Lunatic asylums Punjab 1868-1880 - 1868-1880
Year: 1868
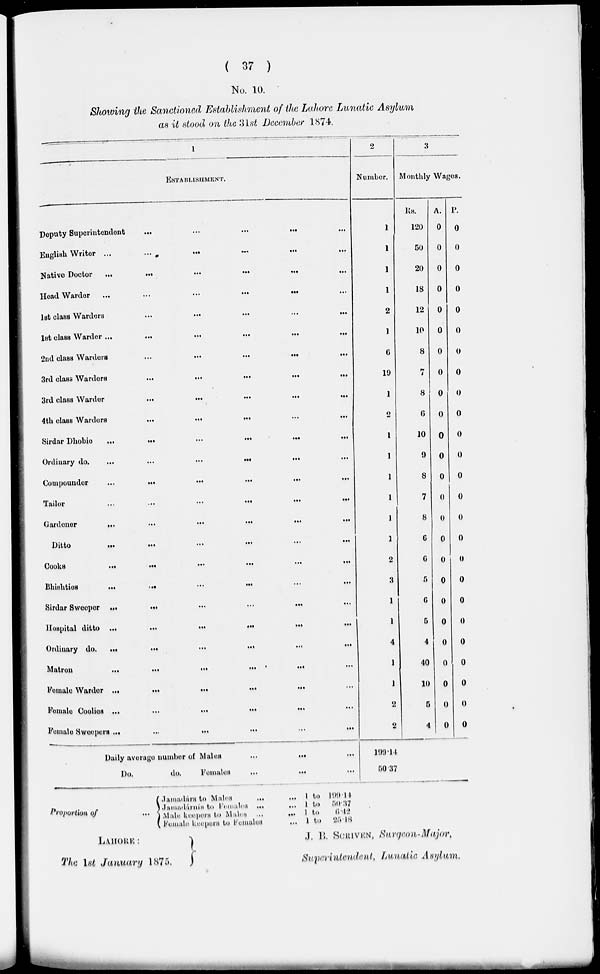
( 37 )
No. 10.
Showing the Sanctioned Establishment of the Lahore Lunatic Asylum
as it stood on the 3lst December 1874.
1
ESTABLISHMENT.
Deputy Superintendent
...
...
...
...
English Writer
...
...
...
...
... ...
Native Doctor ...
...
...
...
... ...
Head Warder
...
...
...
...
...
let class Warders
...
...
...
...
...
1st class Warder...
...
...
...
...
...
2nd class Warders
...
...
...
...
...
3rd class Warders
...
...
...
...
...
3rd class Warder
...
...
...
...
...
4th class Warders
...
...
...
...
...
Sirdar Dhobie ...
...
...
...
Ordinary do.
...
...
...
...
Compounder
...
...
...
...
...
Tailor
...
...
...
...
...
Gardener
...
...
...
...
...
...
Ditto ... ... ... ...
Cooks
...
...
...
...
...
...
Bhishties ... ... ... ...
Sirdar Sweeper
...
...
...
...
...
Hospital ditto ...
...
...
...
... ...
Ordinary do.
...
...
...
...
...
...
Matron
...
...
...
... ... ...
Female Warder
...
...
...
...
...
...
Female Coolies ...
...
...
...
...
Female Sweepers ...
...
...
...
...
...
Daily average number of Males
...
...
...
Do.
do.
Females
...
...
...
2
Number.
1
1
1
1
2
1
6
19
1
2
I
1
1
1
1
2
2
3
1
1
4
1
1
2
2
199.14
50.37
3
Monthly Wages.
Rs.
120
50
20
18
12
10
8
7
8
6
10
0
8
7
8
0
6
6
6
6
4
40
10
6
4
A.
0
0
0
0
0
0
0
0
0
0
0
0
0
0
0
0
0
0
0
0
0
0
0
0
0
P.
0
0
0
0
0
0
0
0
0
0
0
0
0
0
0
0
0
0
0
0
0
0
0
0
0
Proportion of ...
Juimalára to
Males
...
Jamadárnis to Female ...
Male keepers to Males ...
Female keepers to Females
... 1 to
... 1 to
... 1 to
... 1 to
199.14
50.37
6.42
25.18
LAHORE :
The 1st January 1875.
J. B. SCRIVEN, Surgeon-Major,
Superintendent, Lunatic Asylum.